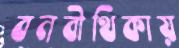
বনবীথিকায়